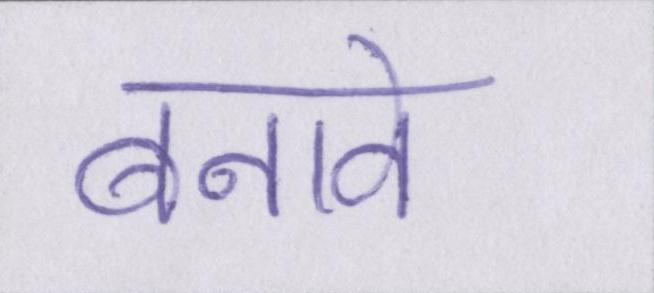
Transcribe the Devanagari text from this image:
बनावे